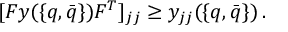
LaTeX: [ F y ( \{ q , \bar { q } \} ) F ^ { T } ] _ { j j } \geq y _ { j j } ( \{ q , \bar { q } \} ) \, .